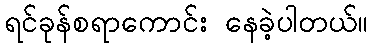
ရင်ခုန်စရာကောင်း နေခဲ့ပါတယ်။